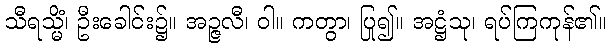
သီရသ္မိံ၊ ဦးခေါင်း၌။ အဉ္ဇလီ၊ ဝါ။ ကတွာ၊ ပြု၍။ အဋ္ဌံသု၊ ရပ်ကြကုန်၏။